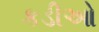
કડીઓ